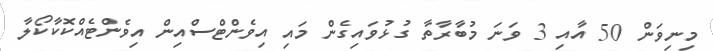
މިނިވަން 50 އާއި 3 ވަނަ މުބާރާތާ ގުޅުވައިގެން މައި އިވެންޓްސްއިން އިވެންޓެއްކޮކާކޯލާ